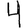
Digit: 4